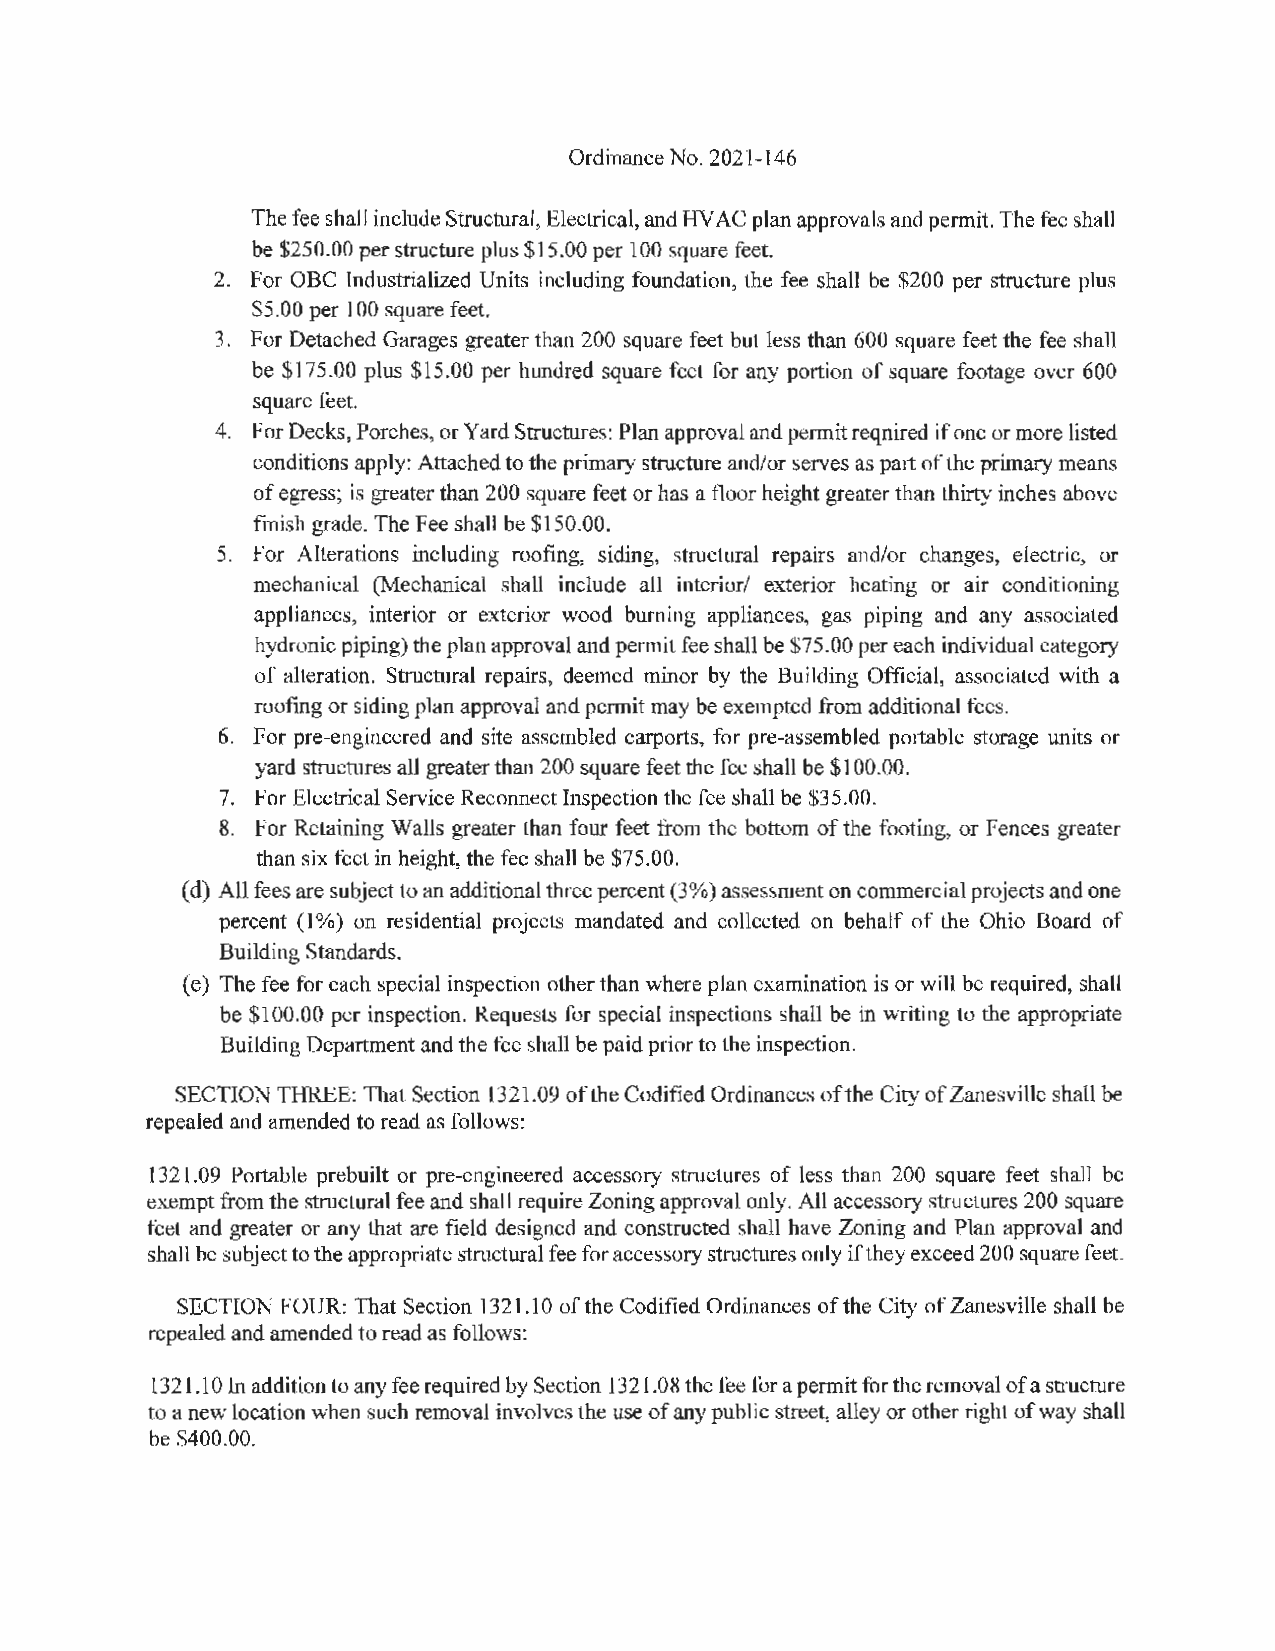
Ordinance No. 2021-146
 The fee shall include Structural, Electrical, and HVA C plan approvals and permit. The fee shall
 be $250.00 per structure plus $15.00 per 100 square feet.
 2. For OBC Industrialized Units including foundation, the fee shall be $200 per structure plus
 $5.00 per I 00 square feet.
 3. For Detached Garages greater than 200 square feet but less than 600 square feet the fee shall
 be $175.00 plus $15.00 per hundred square feet for any portion of square footage over 600
 square feet.
 4. For Decks, Porches, or Yard Structures: Plan approval and permit required if one or more listed
 conditions apply: Attached to the primary structure and/or serves as part of the primary means
 of egress; is greater than 200 square feet or has a floor height greater than thirty inches above
 finish grade. The Fee shall be $150.00.
 5. For Alterations including roofing, siding, structural repairs and/or changes, electric, or
 mechanical (Mechanical shall include all interior/ exterior heating or air conditioning
 appliances, interior or exterior wood burning appliances, gas piping and any associated
 hydronic piping) the plan approval and permit fee shall be $75.00 per each individual category
 of alteration. Structural repairs, deemed minor by the Building Official, associated with a
 roofing or siding plan approval and permit may be exempted from additional fees.
 6. For pre-engineered and site assembled carports, for pre-assembled portable storage units or
 yard structures all greater than 200 square feet the fee shall be $100.00.
 7. For Electrical Service Reconnect Inspection the fee shall be $35.00.
 8. For Retaining Walls greater than four feet from the bottom of the footing, or Fences greater
 than six feet in height, the fee shall be $75.00.
 (d) All fees are subject to an additional three percent (3%) assessment on commercial projects and one
 percent (I%) on residential projects mandated and collected on behalf of the Ohio Board of
 Building Standards.
 (e) The fee for each special inspection other than where plan examination is or will be required, shall
 be $100.00 per inspection. Requests for special inspections shall be in writing to the appropriate
 Building Department and the fee shall be paid prior to the inspection.
 SECTION THREE: That Section 1321.09 of the Codified Ordinances of the City of Zanesville shall be
 repealed and amended to read as follows:
 1321.09 Portable prebuilt or pre-engineered accessory structures of less than 200 square feet shall be
 exempt from the structural fee and shall require Zoning approval only. All accessory structures 200 square
 feet and greater or any that are field designed and constructed shall have Zoning and Plan approval and
 shall be subject to the appropriate structural fee for accessory structures only if they exceed 200 square feet.
 SECTION FOUR: That Section 1321.10 of the Codified Ordinances of the City of Zanesville shall be
 repealed and amended to read as follows:
 1321.10 In addition to any fee required by Section 1321.08 the fee for a permit for the removal of a structure
 to a new location when such removal involves the use of any public street, alley or other right of way shall
 be $400.00.